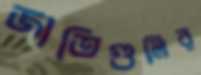
জাতিগুলির